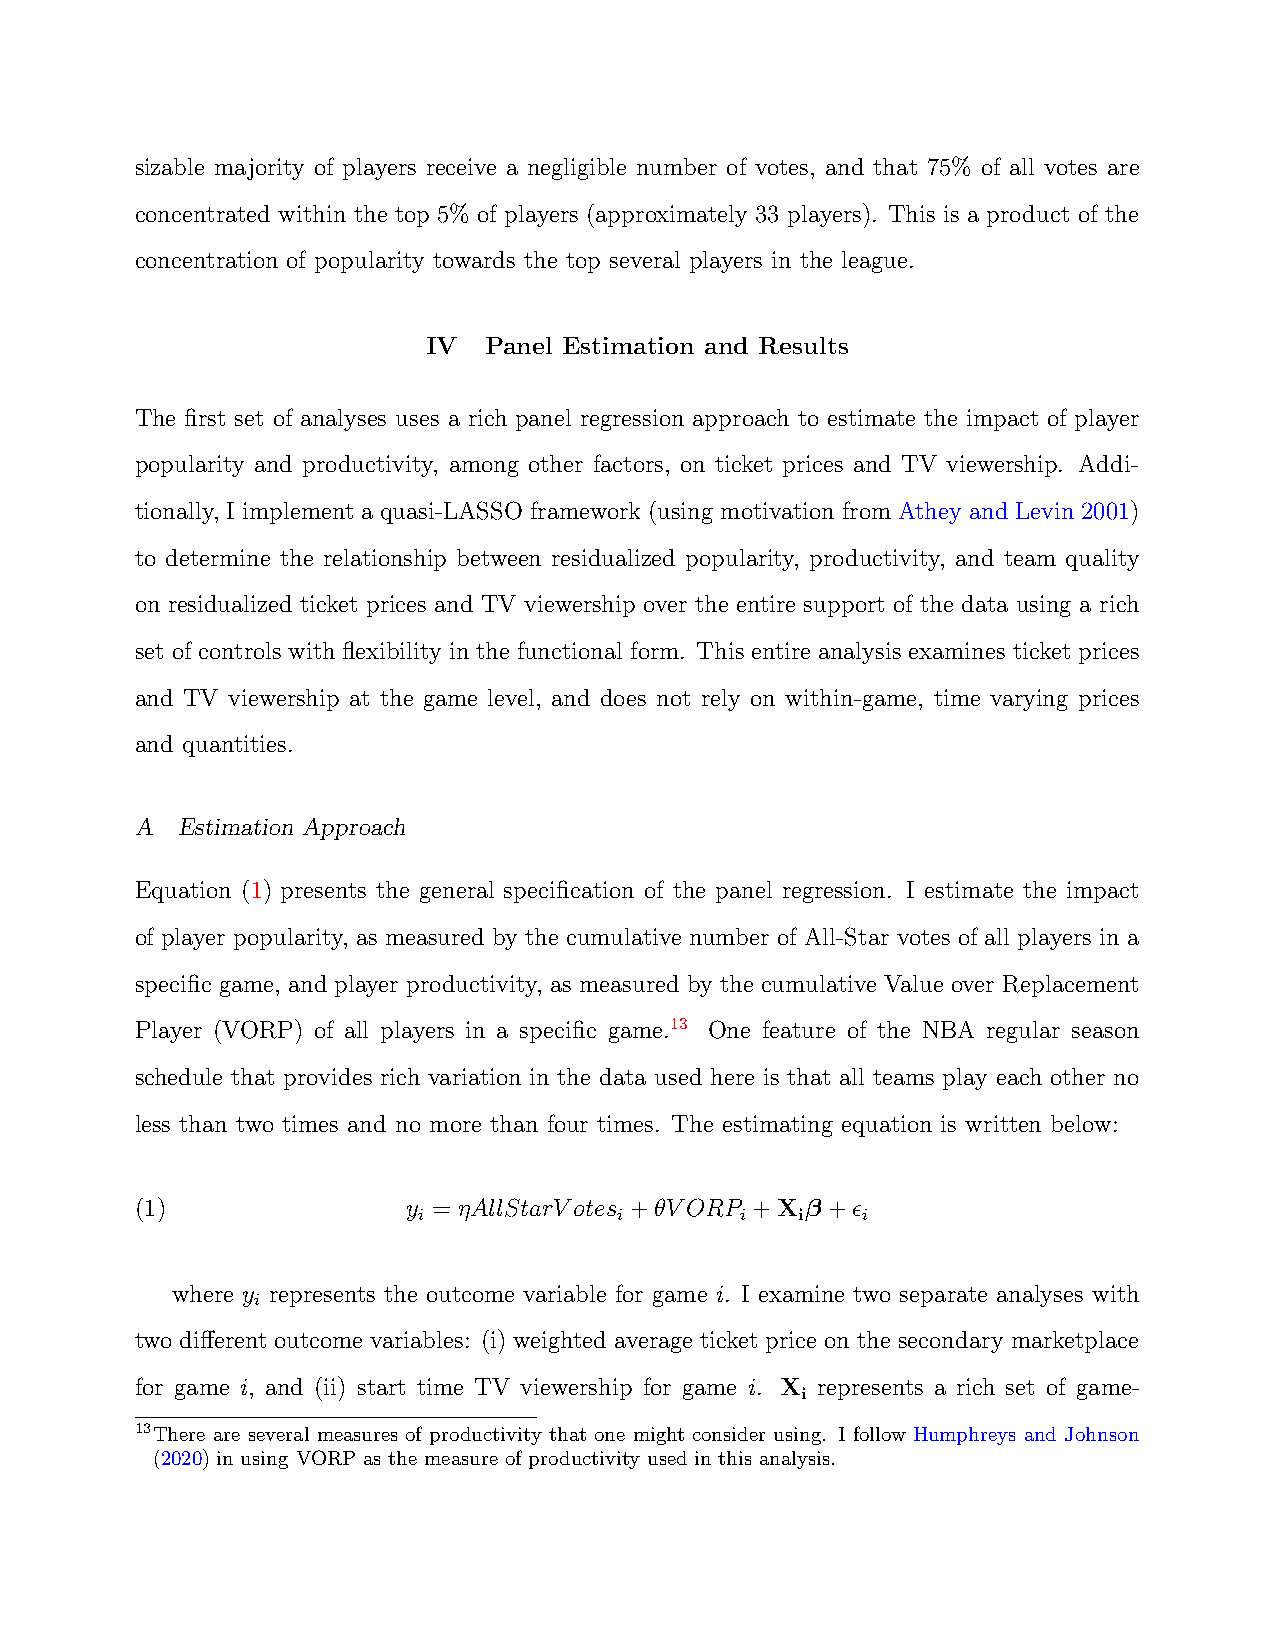
sizable majority of players receive a negligible number of votes, and that 75% of all votes are
 concentrated within the top 5% of players (approximately 33 players). This is a product of the
 concentration of popularity towards the top several players in the league.
 IV  Panel Estimation and Results
 The first set of analyses uses a rich panel regression approach to estimate the impact of player
 popularity and productivity, among other factors, on ticket prices and TV viewership. Addi-
 tionally, I implement a quasi-LASSO framework (using motivation from Athey and Levin 2001)
 to determine the relationship between residualized popularity, productivity, and team quality
 on residualized ticket prices and TV viewership over the entire support of the data using a rich
 set of controls with flexibility in the functional form. This entire analysis examines ticket prices
 and TV viewership at the game level, and does not rely on within-game, time varying prices
 and quantities.
 A  Estimation Approach
 Equation (1) presents the general specification of the panel regression. I estimate the impact
 of player popularity, as measured by the cumulative number of All-Star votes of all players in a
 specific game, and player productivity, as measured by the cumulative Value over Replacement
 Player (VORP) of all players in a specific game.13 One feature of the NBA regular season
 schedule that provides rich variation in the data used here is that all teams play each other no
 less than two times and no more than four times. The estimating equation is written below:
 (1)               y = ηAllStarVotes +θVORP +X β +ϵ
 i            i       i   i   i
 where y represents the outcome variable for game i. I examine two separate analyses with
 i
 two different outcome variables: (i) weighted average ticket price on the secondary marketplace
 for game i, and (ii) start time TV viewership for game i. X represents a rich set of game-
 i
 13There are several measures of productivity that one might consider using. I follow Humphreys and Johnson
 (2020) in using VORP as the measure of productivity used in this analysis.